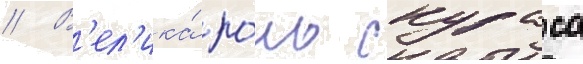
// В'ел'ика́ ро́ль скураса